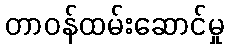
တာဝန်ထမ်းဆောင်မှု